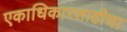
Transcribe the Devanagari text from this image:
एकाधिकारशाहीचा